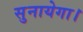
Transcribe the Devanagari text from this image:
सुनायेगा।